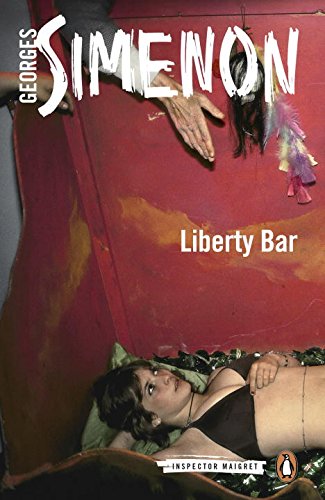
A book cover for Liberty Bar (Inspector Maigret); Georges Simenon; Mystery, Thriller & Suspense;